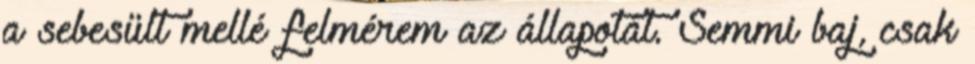
a sebesült mellé felmérem az állapotát. Semmi baj, csak